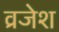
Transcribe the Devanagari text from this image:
व्रजेश